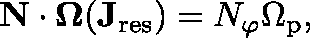
\mathbf { N } \cdot \mathbf { \Omega } ( \mathbf { J } _ { \mathrm { r e s } } ) = N _ { \varphi } \Omega _ { \mathrm { p } } ,